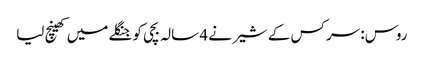
روس: سرکس کے شیر نے 4 سالہ بچی کو جنگلے میں کھینچ لیا